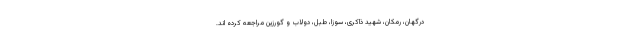
درگهان، رمکان، شهید ذاکری، سوزا، طبل، دولاب و گورزین مراجعه کرده اند.